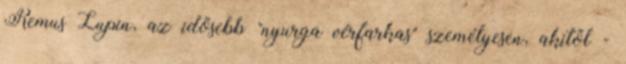
Remus Lupin, az idősebb "nyurga vérfarkas" személyesen, akitől -